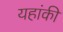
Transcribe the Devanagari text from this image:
यहांकी